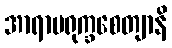
အာရာမရုက္ခစေတျာနိ